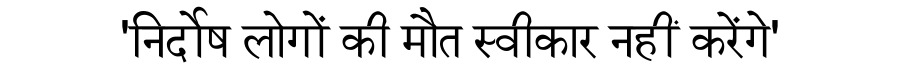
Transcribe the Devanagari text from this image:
'निर्दोष लोगों की मौत स्वीकार नहीं करेंगे'